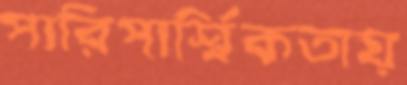
পারিপার্শ্বিকতায়